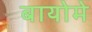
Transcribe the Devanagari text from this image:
बायोमे